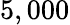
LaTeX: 5,000